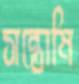
সন্তোষি